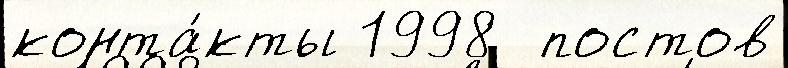
конта́кты 1998  постов